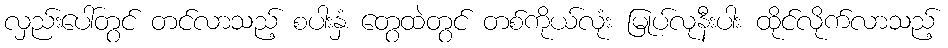
လှည်းပေါ်တွင် တင်လာသည့် စပါးနှံ တွေထဲတွင် တစ်ကိုယ်လုံး မြုပ်လုနီးပါး ထိုင်လိုက်လာသည့်